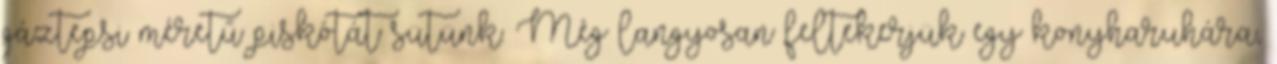
gáztepsi méretű piskótát sütünk. Még langyosan feltekerjük egy konyharuhára,